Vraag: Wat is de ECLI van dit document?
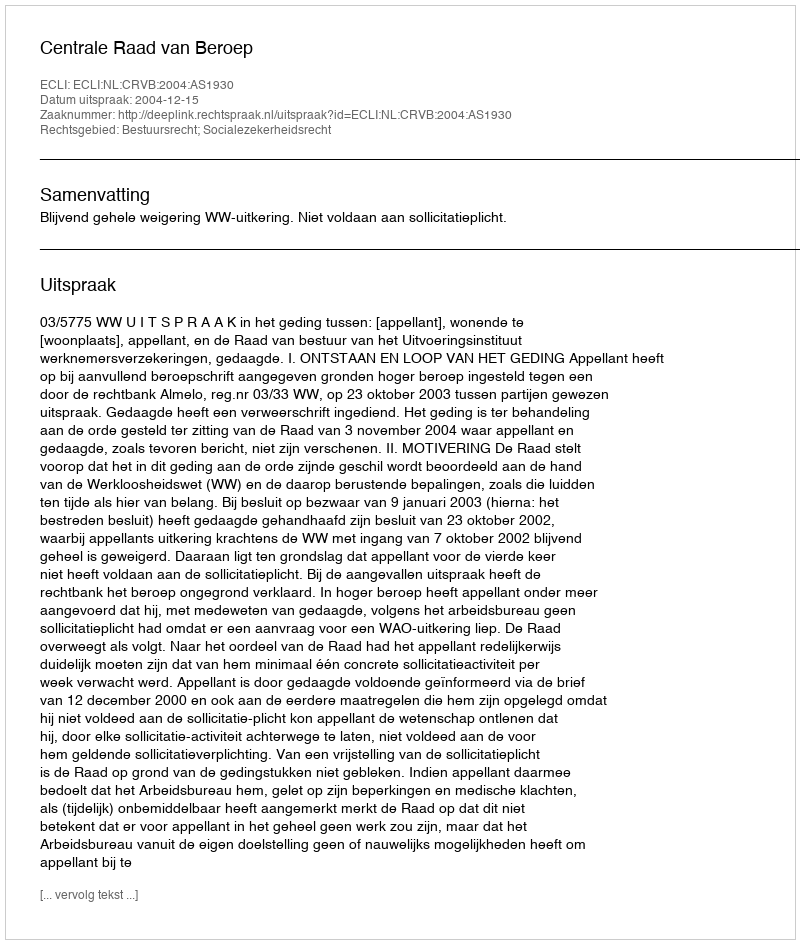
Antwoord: ECLI:NL:CRVB:2004:AS1930